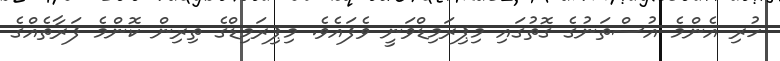
ހުރި އެންމެ އުސްތަނުގެ ގޮތުގައި މިޕިރަމިޑްވަނީ ވެފައެވެ. މިޕިރަމިޑްގެ ތިރިން ކޮންމެ ފަރާތެއްގެ